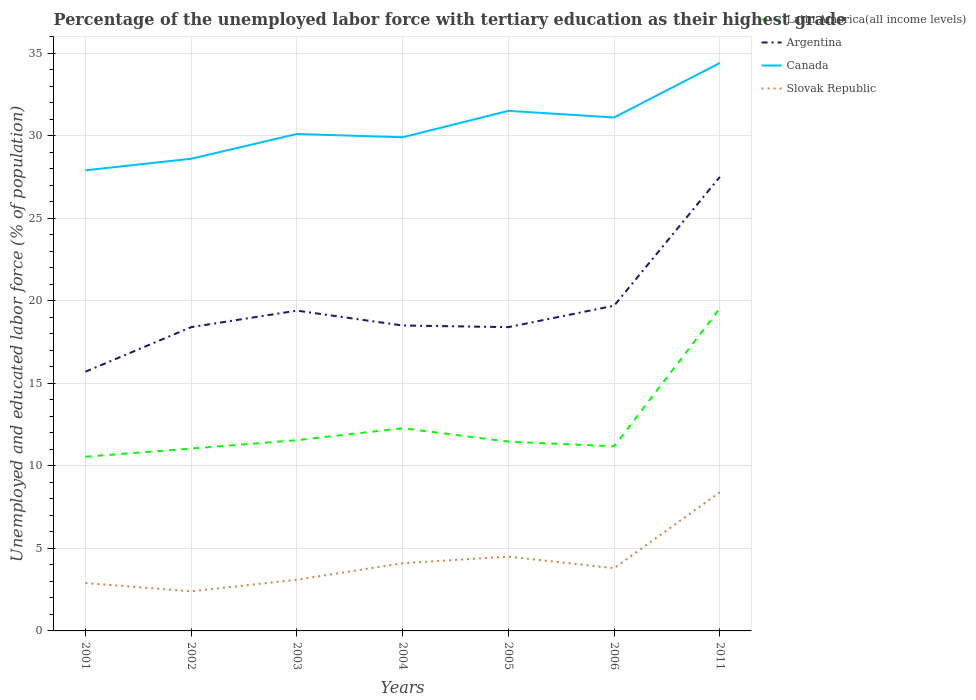
| Years | Latin America(all income levels) | Argentina | Canada | Slovak Republic |
 | --- | --- | --- | --- | --- |
 | 2001 | 10.6 | 15.7 | 27.9 | 2.9 |
 | 2002 | 11 | 18.4 | 28.6 | 2.4 |
 | 2003 | 11.6 | 19.4 | 30.1 | 3.1 |
 | 2004 | 12.3 | 18.5 | 29.9 | 4.1 |
 | 2005 | 11.5 | 18.4 | 31.5 | 4.5 |
 | 2006 | 11.2 | 19.7 | 31.1 | 3.8 |
 | 2011 | 19.5 | 27.5 | 34.4 | 8.4 |